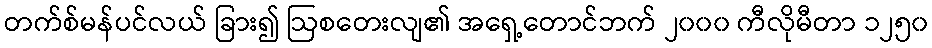
တက်စ်မန်ပင်လယ် ခြား၍ ဩစတေးလျ၏ အရှေ့တောင်ဘက် ၂၀၀၀ ကီလိုမီတာ ၁၂၅၀